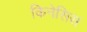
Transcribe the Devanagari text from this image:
किनेसिस